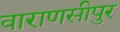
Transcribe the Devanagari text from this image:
वाराणसीपुर